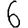
Digit: 6